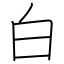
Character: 白